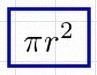
\pi r^2